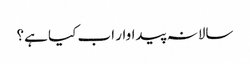
سالانہ پیداوار اب کیا ہے؟